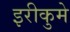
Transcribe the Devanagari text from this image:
इरीकुमे